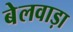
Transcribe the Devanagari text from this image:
बेलवाड़ा